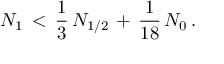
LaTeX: N _ { 1 } \, < \, \frac { 1 } { 3 } \, N _ { 1 / 2 } \, + \, \frac { 1 } { 1 8 } \, N _ { 0 } \, .